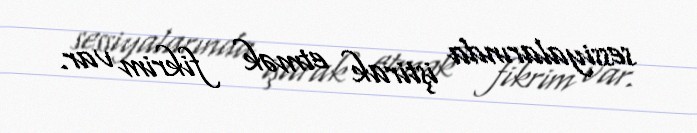
sessiyalarında iştirak etmək fikrim var.